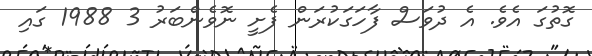
ގޮތުގަ އެވެ. އެ ދުވަސް ފާހަގަކުރަން ފެށީ ނޮވެންބަރު 3 1988 ގައި